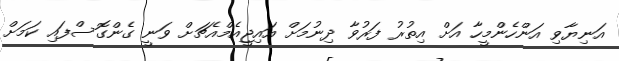
އަނިޔާވި އަންހެންމީހާ އަށް އިތުރު ފަރުވާ ދިނުމަށް އައިޖީއެމްއެޗަށް ވަނީ ގެންގޮސްފައި ކަމަށް